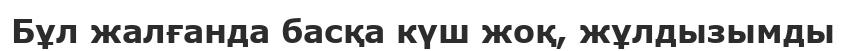
Бұл жалғанда басқа күш жоқ, жұлдызымды